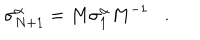
LaTeX: \sigma _ { N + 1 } ^ { \alpha } = M \sigma _ { 1 } ^ { \alpha } M ^ { - 1 } .